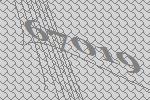
67019